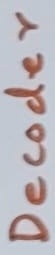
Text: Decoder